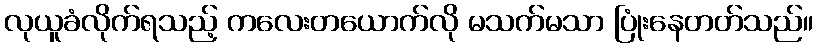
လုယူခံလိုက်ရသည့် ကလေးတယောက်လို မသက်မသာ ပြုံးနေတတ်သည်။